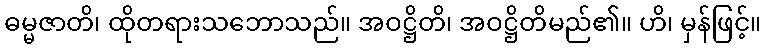
ဓမ္မဇာတိ၊ ထိုတရားသဘောသည်။ အဝဋ္ဌိတိ၊ အဝဋ္ဌိတိမည်၏။ ဟိ၊ မှန်ဖြင့်။